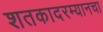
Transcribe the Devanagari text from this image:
शतकादरम्यानचा